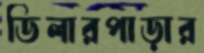
ডিলারপাড়ার